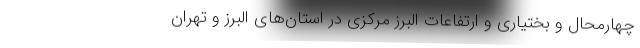
چهارمحال و بختیاری و ارتفاعات البرز مرکزی در استان‌های البرز و تهران